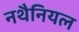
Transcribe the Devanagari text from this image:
नथैनियल